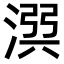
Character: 𣹎